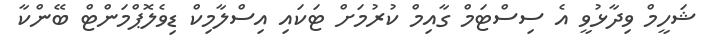
ޝަހީމް ވިދާޅުވީ އެ ސިސްޓަމް ގާއިމް ކުރުމަށް ޓަކައި އިސްލާމިކް ޑިވެލޮޕްމަންޓް ބޭންކާ